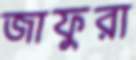
জাফুরা